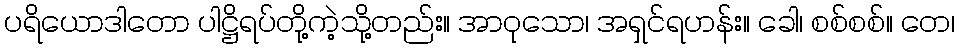
ပရိယောဒါတော ပါဋ္ဌိရပ်တို့ကဲ့သို့တည်း။ အာဝုသော၊ အရှင်ရဟန်း။ ခေါ၊ စစ်စစ်။ တေ၊